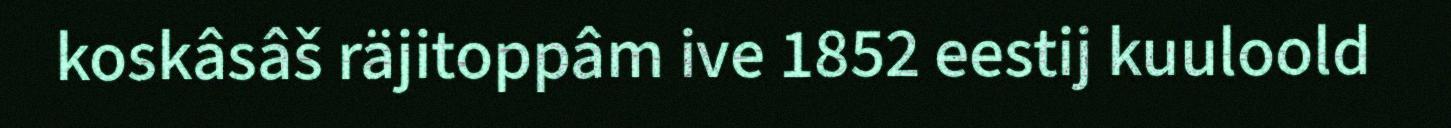
koskâsâš räjitoppâm ive 1852 eestij kuuloold